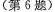
(第6题)